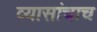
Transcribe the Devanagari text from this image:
व्यासांचाच